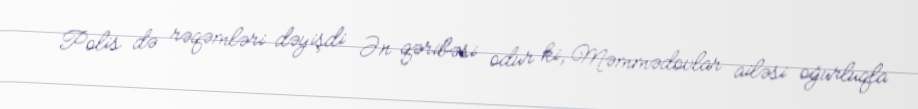
Polis də rəqəmləri dəyişdi Ən qəribəsi odur ki, Məmmədovlar ailəsi oğurluqla